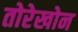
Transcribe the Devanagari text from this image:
तोरेखोन